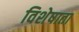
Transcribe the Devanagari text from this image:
विशेषाता